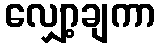
လျှော့ချကာ